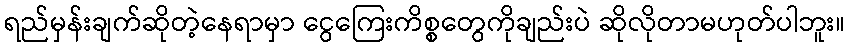
ရည်မှန်းချက်ဆိုတဲ့နေရာမှာ ငွေကြေးကိစ္စတွေကိုချည်းပဲ ဆိုလိုတာမဟုတ်ပါဘူး။